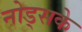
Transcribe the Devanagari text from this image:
नोड्सके